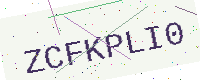
Text: ZCFKPLI0